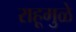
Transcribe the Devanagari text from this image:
राहूमुळे